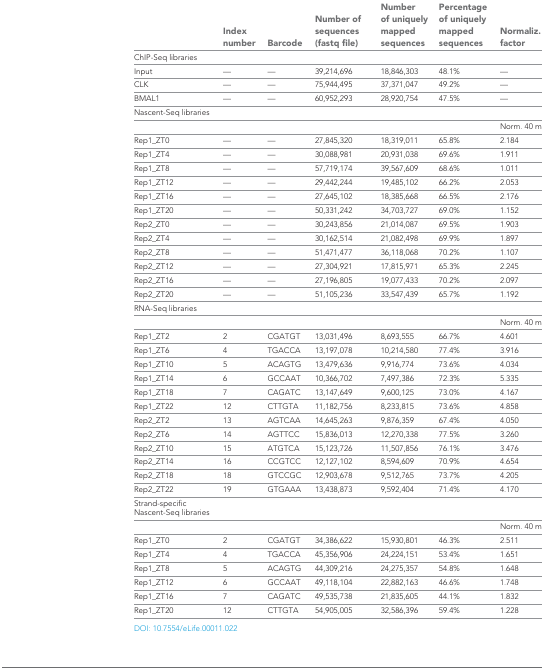
<table><thead><tr><td></td><td><b>Index number</b></td><td><b>Barcode</b></td><td><b>Number of sequences (fastq file)</b></td><td><b>Number of uniquely mapped sequences</b></td><td><b>Percentage of uniquely mapped sequences</b></td><td><b>Normaliz. factor</b></td></tr></thead><tbody><tr><td>ChIP-Seq libraries</td><td></td><td></td><td></td><td></td><td></td><td></td></tr><tr><td>Input</td><td>—</td><td>—</td><td>39,214,696</td><td>18,846,303</td><td>48.1%</td><td>—</td></tr><tr><td>CLK</td><td>—</td><td>—</td><td>75,944,495</td><td>37,371,047</td><td>49.2%</td><td>—</td></tr><tr><td>BMAL1</td><td>—</td><td>—</td><td>60,952,293</td><td>28,920,754</td><td>47.5%</td><td>—</td></tr><tr><td>Nascent-Seq libraries</td><td></td><td></td><td></td><td></td><td></td><td></td></tr><tr><td></td><td></td><td></td><td></td><td></td><td></td><td>Norm. 40 m</td></tr><tr><td>Rep1_ZT0</td><td>—</td><td>—</td><td>27,845,320</td><td>18,319,011</td><td>65.8%</td><td>2.184</td></tr><tr><td>Rep1_ZT4</td><td>—</td><td>—</td><td>30,088,981</td><td>20,931,038</td><td>69.6%</td><td>1.911</td></tr><tr><td>Rep1_ZT8</td><td>—</td><td>—</td><td>57,719,174</td><td>39,567,609</td><td>68.6%</td><td>1.011</td></tr><tr><td>Rep1_ZT12</td><td>—</td><td>—</td><td>29,442,244</td><td>19,485,102</td><td>66.2%</td><td>2.053</td></tr><tr><td>Rep1_ZT16</td><td>—</td><td>—</td><td>27,645,102</td><td>18,385,668</td><td>66.5%</td><td>2.176</td></tr><tr><td>Rep1_ZT20</td><td>—</td><td>—</td><td>50,331,242</td><td>34,703,727</td><td>69.0%</td><td>1.152</td></tr><tr><td>Rep2_ZT0</td><td>—</td><td>—</td><td>30,243,856</td><td>21,014,087</td><td>69.5%</td><td>1.903</td></tr><tr><td>Rep2_ZT4</td><td>—</td><td>—</td><td>30,162,514</td><td>21,082,498</td><td>69.9%</td><td>1.897</td></tr><tr><td>Rep2_ZT8</td><td>—</td><td>—</td><td>51,471,477</td><td>36,118,068</td><td>70.2%</td><td>1.107</td></tr><tr><td>Rep2_ZT12</td><td>—</td><td>—</td><td>27,304,921</td><td>17,815,971</td><td>65.3%</td><td>2.245</td></tr><tr><td>Rep2_ZT16</td><td>—</td><td>—</td><td>27,196,805</td><td>19,077,433</td><td>70.2%</td><td>2.097</td></tr><tr><td>Rep2_ZT20</td><td>—</td><td>—</td><td>51,105,236</td><td>33,547,439</td><td>65.7%</td><td>1.192</td></tr><tr><td>RNA-Seq libraries</td><td></td><td></td><td></td><td></td><td></td><td></td></tr><tr><td></td><td></td><td></td><td></td><td></td><td></td><td>Norm. 40 m</td></tr><tr><td>Rep1_ZT2</td><td>2</td><td>CGATGT</td><td>13,031,496</td><td>8,693,555</td><td>66.7%</td><td>4.601</td></tr><tr><td>Rep1_ZT6</td><td>4</td><td>TGACCA</td><td>13,197,078</td><td>10,214,580</td><td>77.4%</td><td>3.916</td></tr><tr><td>Rep1_ZT10</td><td>5</td><td>ACAGTG</td><td>13,479,636</td><td>9,916,774</td><td>73.6%</td><td>4.034</td></tr><tr><td>Rep1_ZT14</td><td>6</td><td>GCCAAT</td><td>10,366,702</td><td>7,497,386</td><td>72.3%</td><td>5.335</td></tr><tr><td>Rep1_ZT18</td><td>7</td><td>CAGATC</td><td>13,147,649</td><td>9,600,125</td><td>73.0%</td><td>4.167</td></tr><tr><td>Rep1_ZT22</td><td>12</td><td>CTTGTA</td><td>11,182,756</td><td>8,233,815</td><td>73.6%</td><td>4.858</td></tr><tr><td>Rep2_ZT2</td><td>13</td><td>AGTCAA</td><td>14,645,263</td><td>9,876,359</td><td>67.4%</td><td>4.050</td></tr><tr><td>Rep2_ZT6</td><td>14</td><td>AGTTCC</td><td>15,836,013</td><td>12,270,338</td><td>77.5%</td><td>3.260</td></tr><tr><td>Rep2_ZT10</td><td>15</td><td>ATGTCA</td><td>15,123,726</td><td>11,507,856</td><td>76.1%</td><td>3.476</td></tr><tr><td>Rep2_ZT14</td><td>16</td><td>CCGTCC</td><td>12,127,102</td><td>8,594,609</td><td>70.9%</td><td>4.654</td></tr><tr><td>Rep2_ZT18</td><td>18</td><td>GTCCGC</td><td>12,903,678</td><td>9,512,765</td><td>73.7%</td><td>4.205</td></tr><tr><td>Rep2_ZT22</td><td>19</td><td>GTGAAA</td><td>13,438,873</td><td>9,592,404</td><td>71.4%</td><td>4.170</td></tr><tr><td>Strand-specific Nascent-Seq libraries</td><td></td><td></td><td></td><td></td><td></td><td></td></tr><tr><td></td><td></td><td></td><td></td><td></td><td></td><td>Norm. 40 m</td></tr><tr><td>Rep1_ZT0</td><td>2</td><td>CGATGT</td><td>34,386,622</td><td>15,930,801</td><td>46.3%</td><td>2.511</td></tr><tr><td>Rep1_ZT4</td><td>4</td><td>TGACCA</td><td>45,356,906</td><td>24,224,151</td><td>53.4%</td><td>1.651</td></tr><tr><td>Rep1_ZT8</td><td>5</td><td>ACAGTG</td><td>44,309,216</td><td>24,275,357</td><td>54.8%</td><td>1.648</td></tr><tr><td>Rep1_ZT12</td><td>6</td><td>GCCAAT</td><td>49,118,104</td><td>22,882,163</td><td>46.6%</td><td>1.748</td></tr><tr><td>Rep1_ZT16</td><td>7</td><td>CAGATC</td><td>49,535,738</td><td>21,835,605</td><td>44.1%</td><td>1.832</td></tr><tr><td>Rep1_ZT20</td><td>12</td><td>CTTGTA</td><td>54,905,005</td><td>32,586,396</td><td>59.4%</td><td>1.228</td></tr></tbody></table>